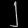
Digit: ၂